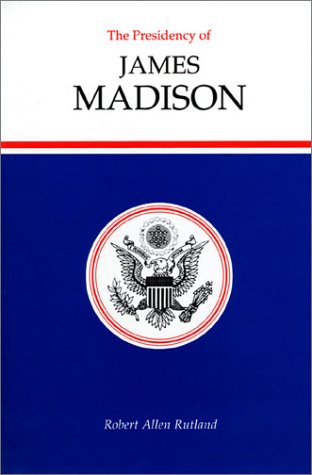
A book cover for The Presidency of James Madison (American Presidency Series); Robert Allen Rutland; History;